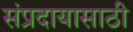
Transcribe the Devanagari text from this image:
संप्रदायासाठी